Indian journal of veterinary science and animal husbandry - Volumes 28-29, 1958-1959
Year: 1958
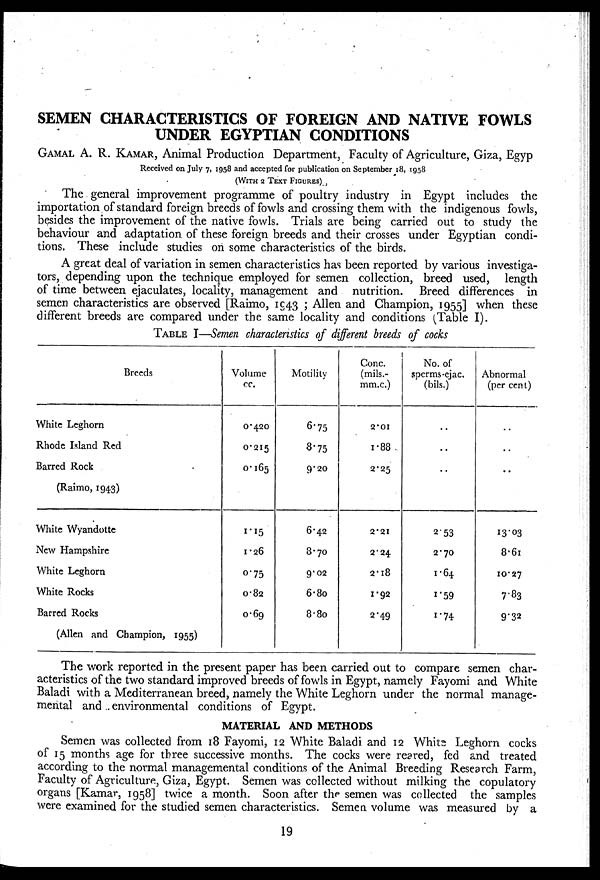
SEMEN CHARACTERISTICS OF FOREIGN AND NATIVE FOWLS
UNDER EGYPTIAN CONDITIONS
GAMAL A. R. KAMAR, Animal Production Department, Faculty of Agriculture, Giza, Egyp
Received on July 7, 1958 and accepted for publication on September 18, 1958
(WITH 2 TEXT FIGURES).
The general improvement programme of poultry industry in Egypt includes the
importation of standard foreign breeds of fowls and crossing them with the indigenous fowls,
besides the improvement of the native fowls. Trials are being carried out to study the
behaviour and adaptation of these foreign breeds and their crosses under Egyptian condi-
tions. These include studies on some characteristics of the birds.
A great deal of variation in semen characteristics has been reported by various investiga-
tors, depending upon the technique employed for semen collection, breed used, length
of time between ejaculates, locality, management and nutrition. Breed differences in
semen characteristics are observed [Raimo, 1943 ; Allen and Champion, 1955] when these
different breeds are compared under the same locality and conditions (Table I).
TABLE I—Semen characteristics of different breeds of cocks
Breeds
White Leghorn
Rhode Island Red
Barred Rock
(Raimo, 1943)
White Wyandotte
New Hampshire
White Leghorn
White Rocks
Barred Rocks
(Allen and Champion, 1955)
Volume
cc.
0.420
0.215
0.165
1.15
1.26
0.75
0.82
0.69
Motility
6.75
8.75
9.20
6.42
8.70
9.02
6.80
8.80
Conc.
(mils.-
mm.c.)
2.01
1.88
2.25
2.21
2.24
2.18
1.92
2.49
No. of
sperms-ejac.
(bils.)
..
..
..
2.53
2.70
1.64
1.59
1.74
Abnormal
(per cent)
..
..
..
13.03
8.61
10.27
7.83
9.32
The work reported in the present paper has been carried out to compare semen char-
acteristics of the two standard improved breeds of fowls in Egypt, namely Fayomi and White
Baladi with a Mediterranean breed, namely the White Leghorn under the normal manage-
mental and environmental conditions of Egypt.
MATERIAL AND METHODS
Semen was collected from 18 Fayomi, 12 White Baladi and 12 White Leghorn cocks
of 15 months age for three successive months. The cocks were reared, fed and treated
according to the normal managemental conditions of the Animal Breeding Research Farm,
Faculty of Agriculture, Giza, Egypt. Semen was collected without milking the copulatory
organs [Kamar, 1958] twice a month. Soon after the semen was collected the samples
were examined for the studied semen characteristics. Semen volume was measured by a
19